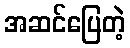
အဆင်ပြေတဲ့